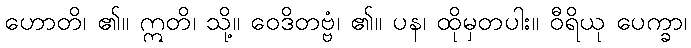
ဟောတိ၊ ၏။ ဣတိ၊ သို့။ ဝေဒိတဗ္ဗံ၊ ၏။ ပန၊ ထိုမှတပါး။ ဝီရိယု ပေက္ခာ၊